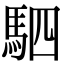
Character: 駟